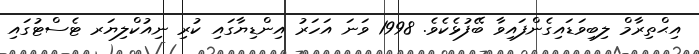
އިޙްތިރާމް ލިބިވަޑައިގެންފައިވާ ބޭފުޅެކެވެ. 1998 ވަނަ އަހަރު އިންޑިޔާގައި ކުރި ނިއުކްލިޔަރ ޓެސްޓުގައި